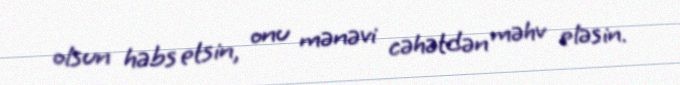
olsun həbs etsin, onu mənəvi cəhətdən məhv eləsin.